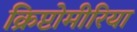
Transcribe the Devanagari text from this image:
क्रिप्टोमीरिया